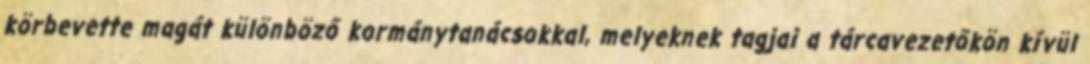
körbevette magát különböző kormánytanácsokkal, melyeknek tagjai a tárcavezetőkön kívül